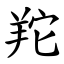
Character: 䍫